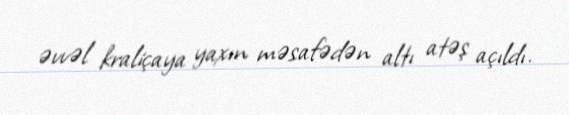
əvvəl kraliçaya yaxın məsafədən altı atəş açıldı.